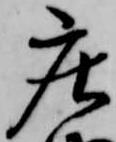
庄